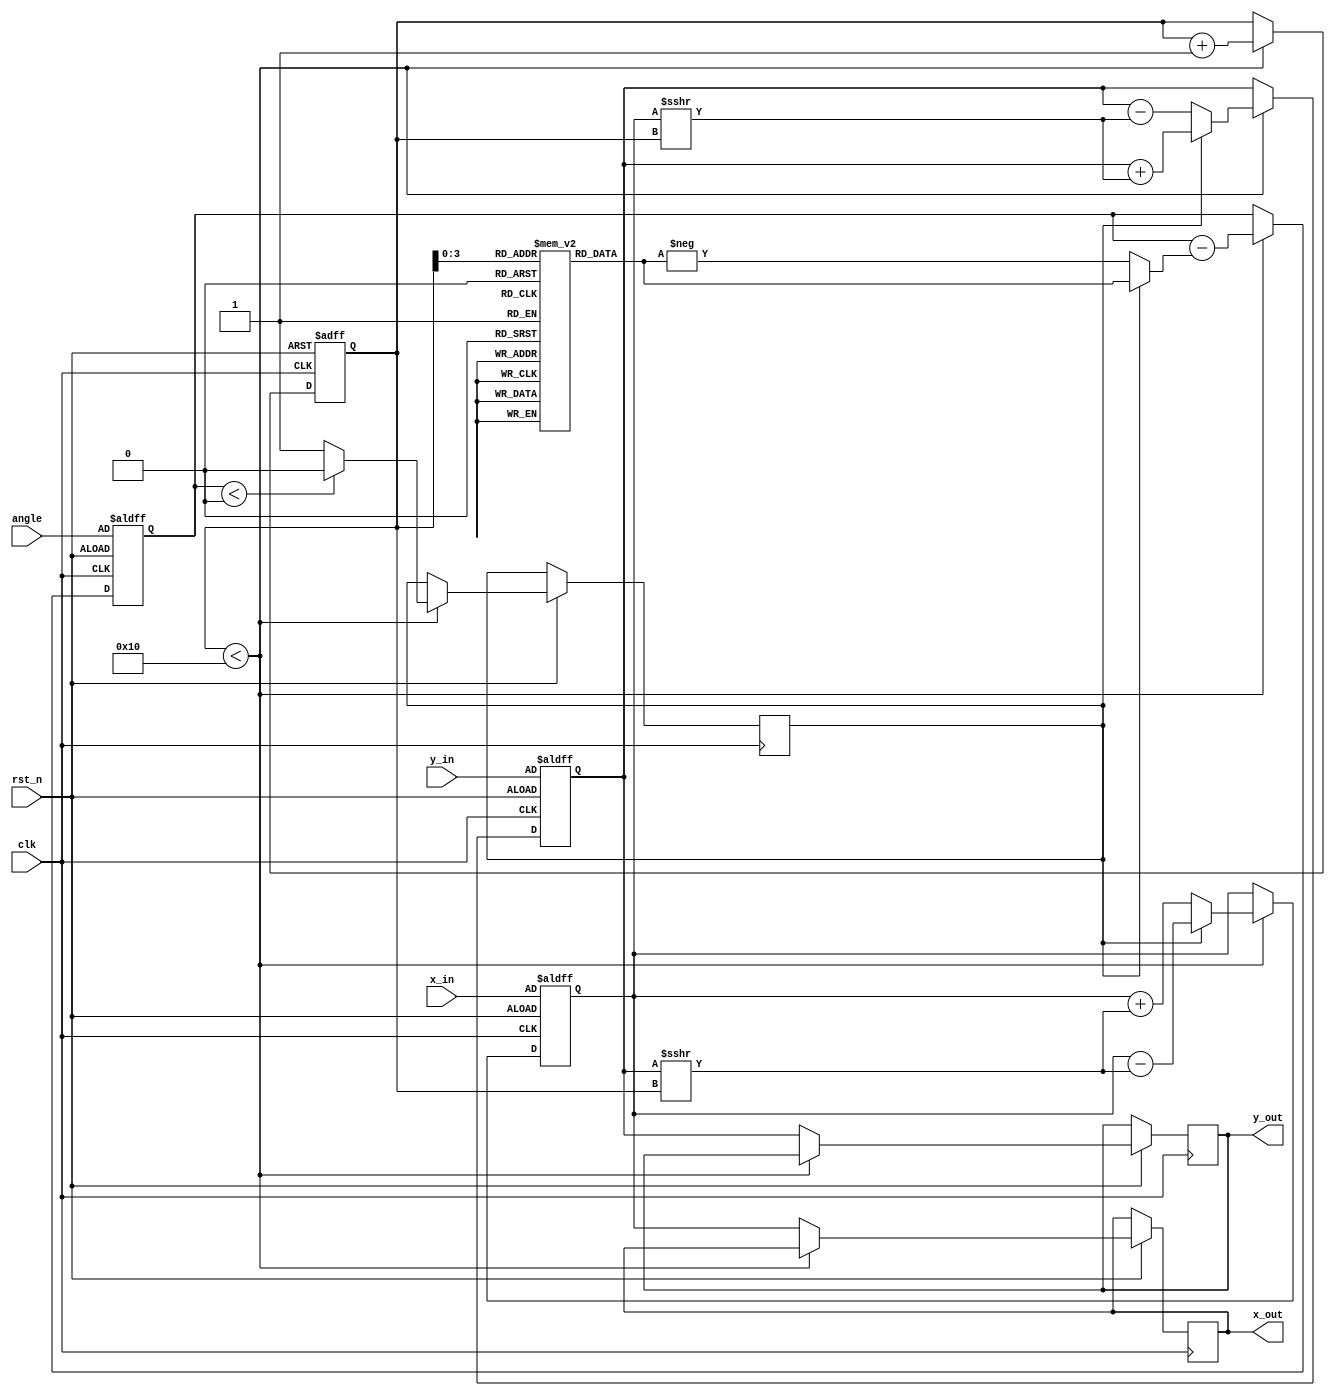
module CORDIC #(
    parameter DATA_WIDTH = 16,      // Data width
    parameter N_ITER = 16           // Number of iterations
)(
    input clk,                      // Clock signal
    input rst_n,                   // Reset signal (active low)
    input [DATA_WIDTH-1:0] angle,  // Input angle in fixed-point format
    input [DATA_WIDTH-1:0] x_in,    // Initial x vector
    input [DATA_WIDTH-1:0] y_in,    // Initial y vector
    output reg [DATA_WIDTH-1:0] x_out, // Output x vector
    output reg [DATA_WIDTH-1:0] y_out  // Output y vector
);

    // Internal signals
    reg [DATA_WIDTH-1:0] x_reg;
    reg [DATA_WIDTH-1:0] y_reg;
    reg [DATA_WIDTH-1:0] angle_reg;
    reg [N_ITER-1:0] phase_angle [0:N_ITER-1];  // Precomputed arctan(2^-i)
    reg [4:0] i; // Iteration index
    reg direction; // Direction of rotation (1 for counter-clockwise, 0 for clockwise)

    // CORDIC rotation equations
    always @(posedge clk or negedge rst_n) begin
        if (!rst_n) begin
            x_reg <= x_in;
            y_reg <= y_in;
            angle_reg <= angle;
            i <= 0;
        end else if (i < N_ITER) begin
            direction <= (angle_reg < 0) ? 0 : 1; // Determine rotation direction
            angle_reg <= angle_reg - (direction ? phase_angle[i] : -phase_angle[i]);

            // Perform rotation
            if (direction) begin
                x_reg <= x_reg - (y_reg >>> i);
                y_reg <= y_reg + (x_reg >>> i);
            end else begin
                x_reg <= x_reg + (y_reg >>> i);
                y_reg <= y_reg - (x_reg >>> i);
            end

            i <= i + 1;
        end else begin
            x_out <= x_reg; // Output x
            y_out <= y_reg; // Output y
        end
    end

    // Initialize phase angles and scaling factor
    initial begin
        phase_angle[0] = 16'h3243; // arctan(2^-0) in Q15 format
        phase_angle[1] = 16'h1DAC; // arctan(2^-1)
        phase_angle[2] = 16'h0FB6; // arctan(2^-2)
        phase_angle[3] = 16'h05A8; // arctan(2^-3)
        phase_angle[4] = 16'h0145; // arctan(2^-4)
        phase_angle[5] = 16'h0064; // arctan(2^-5)
        phase_angle[6] = 16'h001A; // arctan(2^-6)
        phase_angle[7] = 16'h0005; // arctan(2^-7)
        phase_angle[8] = 16'h0001; // arctan(2^-8)
        phase_angle[9] = 16'h0000; // arctan(2^-9) (for higher precision)
        phase_angle[10] = 16'h0000; // More zero for higher precision
        phase_angle[11] = 16'h0000;
        phase_angle[12] = 16'h0000;
        phase_angle[13] = 16'h0000;
        phase_angle[14] = 16'h0000;
        phase_angle[15] = 16'h0000;
    end

endmodule